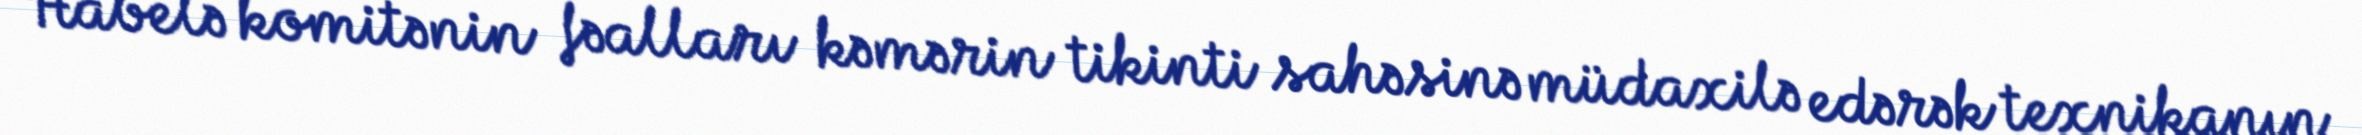
Habelə komitənin fəalları kəmərin tikinti sahəsinə müdaxilə edərək texnikanın